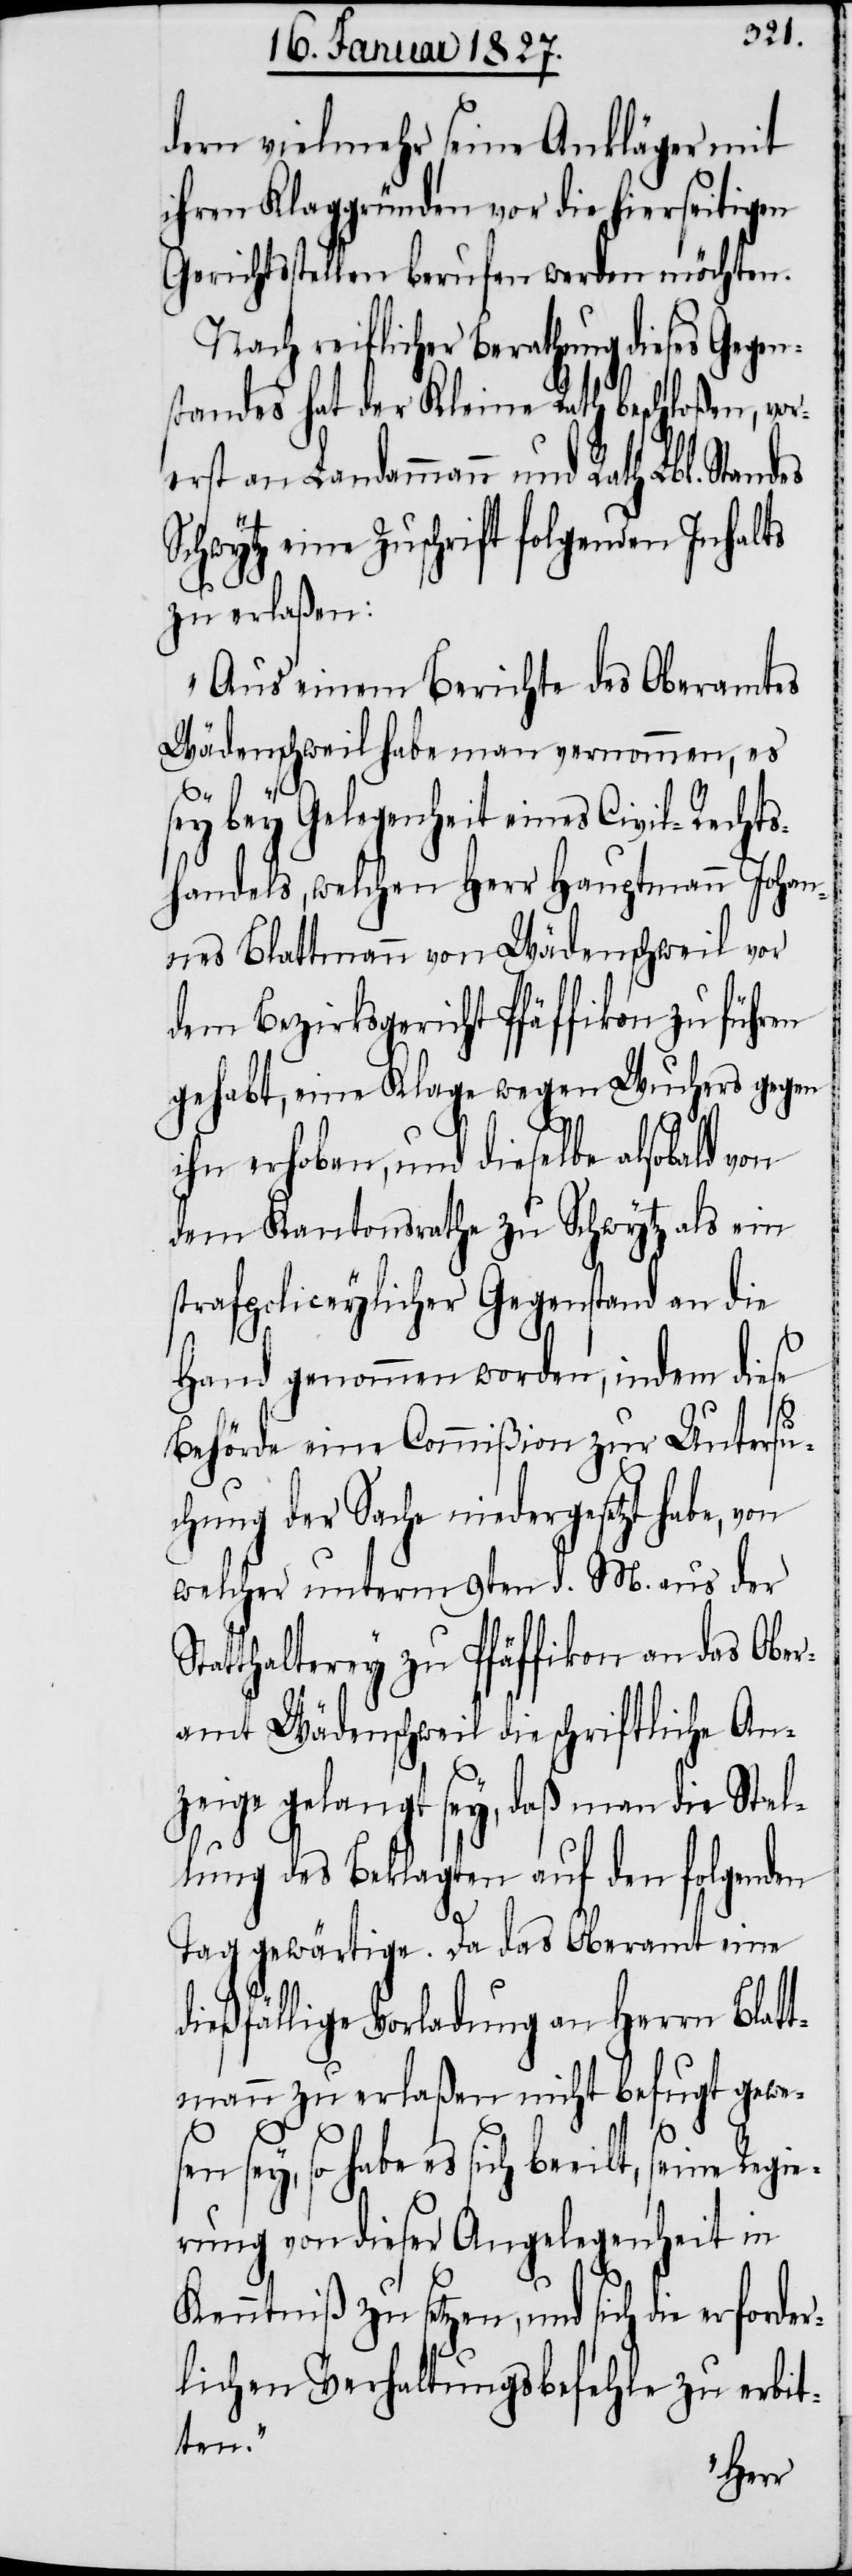
dern vielmehr seine Ankläger mit
ihren Klaggründen vor die hierseitigen
Gerichtsstellen berufen werden möchten.
Nach reiflicher Berathung dieses Gegen¬
standes hat der Kleine Rath beschloßen, vor¬
erst an Landammann und Rath Lbl. Standes
Schwytz eine Zuschrift folgenden Inhalts
zu erlaßen:
„Aus einem Berichte des Oberamtes
Wädenschweil habe man vernommen, es
sey bey Gelegenheit eines Civil-Rechts¬
handels, welchen Herr Hauptmann Johan¬
nes Blattmann von Wädenschweil vor
dem Bezirksgericht Pfäffikon zu führen
gehabt, eine Klage wegen Wuchers gegen
ihn erhoben, und dieselbe alsbald von
dem Kantonsrathe zu Schwytz als ein
strafpoliceylicher Gegenstand an die
Hand genommen worden, indem diese
Behörde eine Commißion zur Untersu¬
chung der Sache niedergesezt habe, von
welcher unterm 9ten d. M. aus der
tatthalterey zu Pfäffikon an das Ober¬
amt Wädenschweil die schriftliche An¬
zeige gelangt sey, daß man die Stel¬
lung des Beklagten auf den folgenden
Tag gewärtige. Da das Oberamt eine
dießfällige Vorladung an Herrn Blat¬
tmann zu erlaßen nicht befugt gewe¬
sen
sey, so habe es sich beeilt, seine
rung von dieser Angelegenheit in
Kenntniß zu setzen, und sich die erfor¬
lichen Verhaftungsbefehle zu erbit¬
ten.
der¬